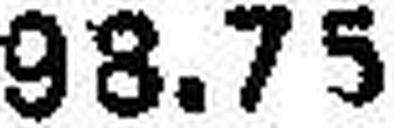
93.75